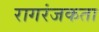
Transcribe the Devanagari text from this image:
रागरंजकता